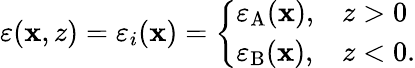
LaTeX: \varepsilon(\mathbf{x},z)=\varepsilon_{i}(\mathbf{x})=\left\{ \begin{array}{ll}{\varepsilon_{\mathrm{A}}(\mathbf{x}),}&{z>0}\\ {\varepsilon_{\mathrm{B}}(\mathbf{x}),}&{z<0.}\end{array}\right.